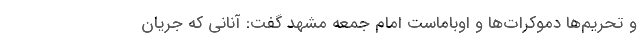
و تحریم‌ها دموکرات‌ها و اوباماست امام جمعه مشهد گفت: آنانی که جریان